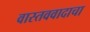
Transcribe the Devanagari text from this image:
वास्तववादाचा